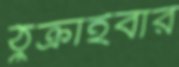
ঠুক্‌রাইবার